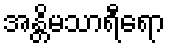
အန္တိမသာရီရော